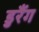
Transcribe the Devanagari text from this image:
डुरैंग